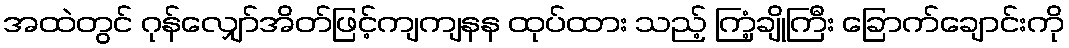
အထဲတွင် ဂုန်လျှော်အိတ်ဖြင့်ကျကျနန ထုပ်ထား သည့် ကြံ့ချိုကြီး ခြောက်ချောင်းကို